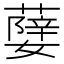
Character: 𦾨